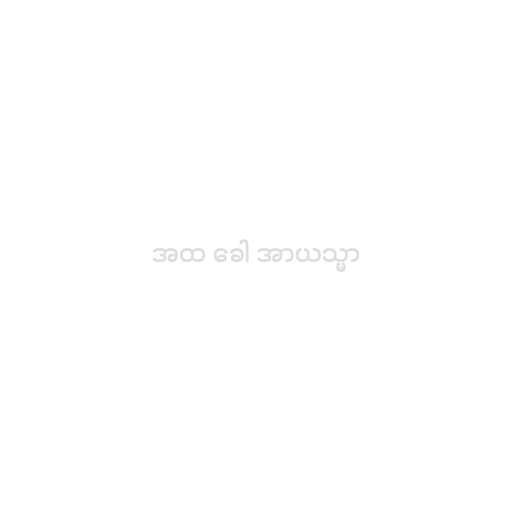
အထ ခေါ အာယသ္မာ